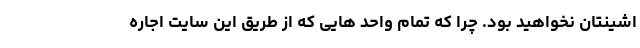
اشینتان نخواهید بود. چرا که تمام واحد هایی که از طریق این سایت اجاره